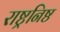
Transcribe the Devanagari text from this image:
राष्ट्रनिष्ठ